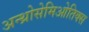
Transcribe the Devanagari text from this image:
अन्थ्रोसेमिओतिक्स